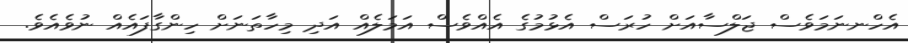
އެހްނނަމަވެސް ޖަލްސާއަށް ހުރަސް އެޅުމުގެ އެއްވެސް އަމަލެއް އަދި މިހާތަނަށް ހިންގާފައެއް ނުވެއެވެ.